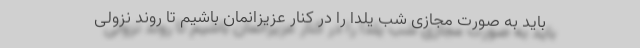
باید به صورت مجازی شب یلدا را در کنار عزیزانمان باشیم تا روند نزولی